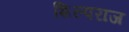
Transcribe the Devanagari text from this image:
शिल्पराज